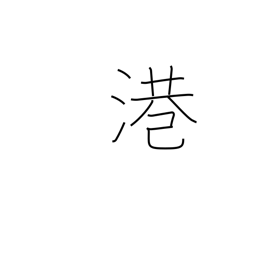
Meaning: harbor